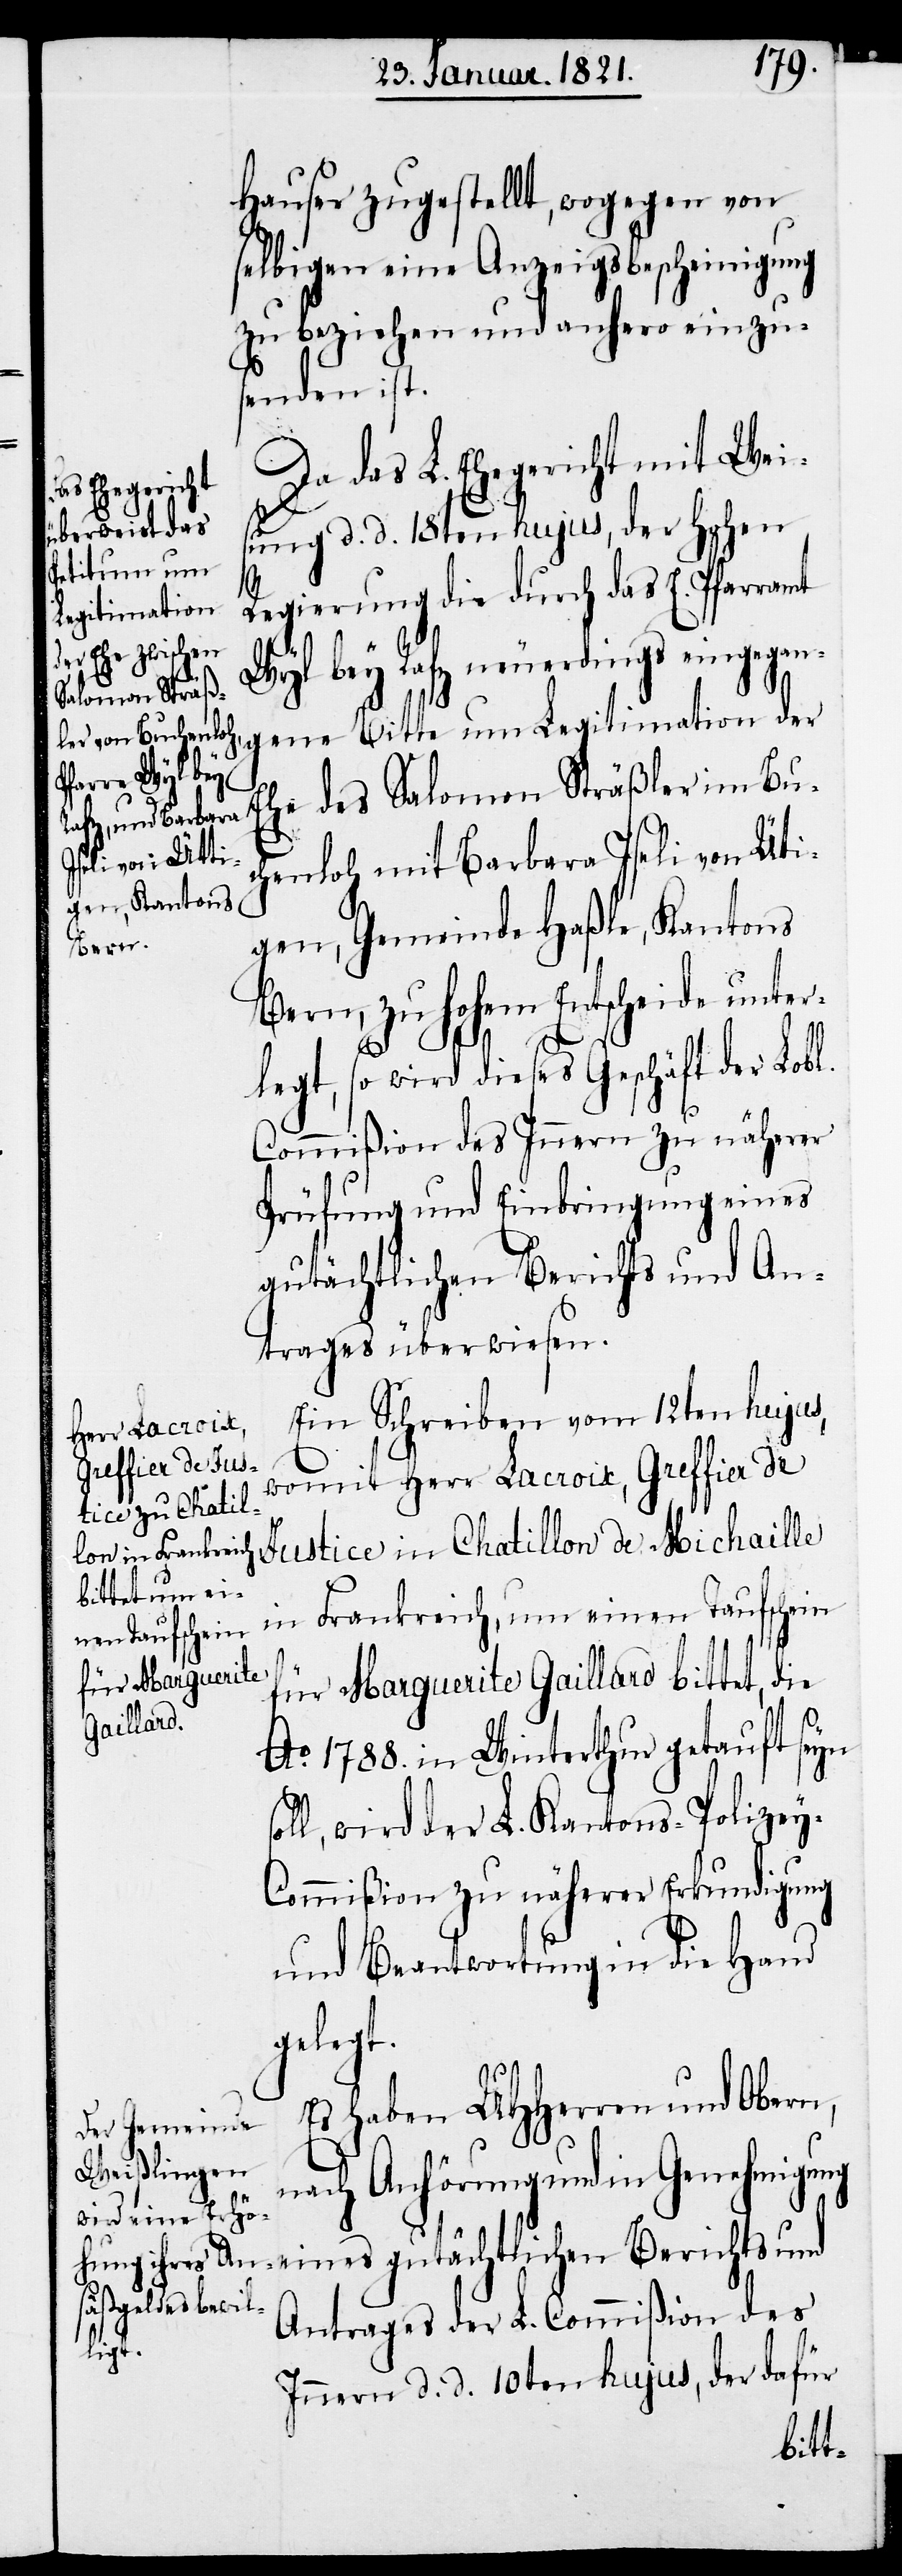
Hauser zugestellt, wogegen von
selbigen eine Anzeigsbescheinigung
zu beziehen und anhero einzu¬
s¬
senden ist.
Da das L. Ehegericht mit Weis¬
ung d. d. 18ten hujus, der Hohen
Regierung die durch das E. Pfarramt
Wyl bey Rafz neuerdings eingegan¬
gene Bitte um Legitimation der
Ehe des Salomon Sträßler von Bu¬
chenloh mit Barbara Iseli von Üt¬
gen, Gemeinde Haßle, Kantons
Bern, zu hohem Entscheide unter¬
legt, so wird dieses Geschäft der Lobl.
Commißion des Innern zu näherer
Prüfung und Einbringung eines
gutächtlichen Berichts und A¬
trages überwiesen.
Ein Schreiben vom 12ten hujus,
womit Herr Lacroix, Greffier de
Justice in Chatillon de Michail¬
le in Frankre¬
für Marguerite Gaillard bittet, die
Ao. 1788. in Winterthur getauft seyn
oll, wird der L. Kantons-Polize¬
y-Commißion zu näherer Erkundigung
und Beantwortung in die Hand
gelegt.
Es haben UHHerren und Obern,
nach Anhörung und in Genehmigung
ntrages der L. Commißion des
ich,
Innern d. d. 10ten hujus, der dafür

eines